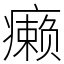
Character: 癞